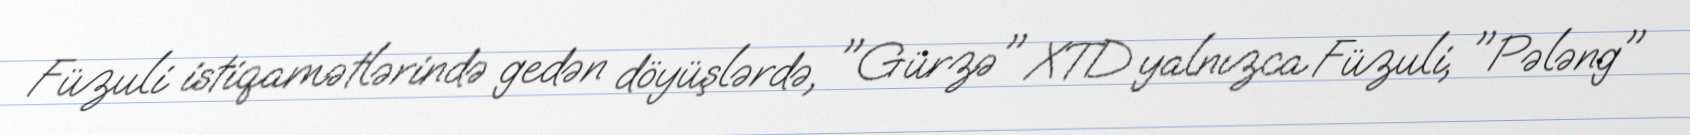
Füzuli istiqamətlərində gedən döyüşlərdə, "Gürzə" XTD yalnızca Füzuli, "Pələng"